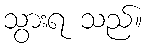
သွားရ သည်။